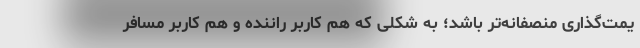
یمت‌گذاری منصفانه‌تر باشد؛ به شکلی که هم کاربر راننده و هم کاربر مسافر